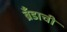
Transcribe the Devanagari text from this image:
ब्रँडाची